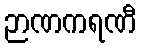
ဉာဏကရဏီ